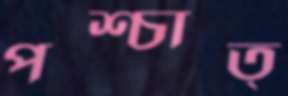
পশ্চাত্